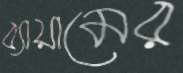
ব্যায়ামের